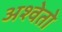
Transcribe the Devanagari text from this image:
अश्वेतो